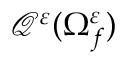
\mathcal { Q } ^ { \varepsilon } ( \Omega _ { f } ^ { \varepsilon } )